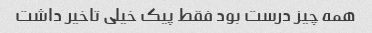
همه چیز درست بود فقط پیک خیلی تاخیر داشت